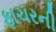
ફાચરની